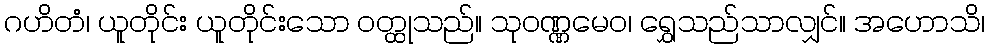
ဂဟိတံ၊ ယူတိုင်း ယူတိုင်းသော ဝတ္ထုသည်။ သုဝဏ္ဏမေဝ၊ ရွှေသည်သာလျှင်။ အဟောသိ၊